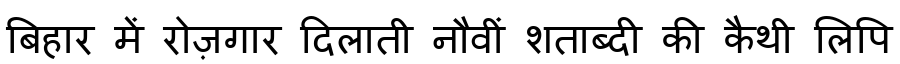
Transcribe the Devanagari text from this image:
बिहार में रोज़गार दिलाती नौवीं शताब्दी की कैथी लिपि